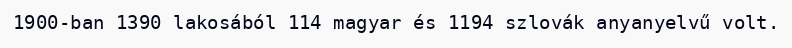
1900-ban 1390 lakosából 114 magyar és 1194 szlovák anyanyelvű volt.